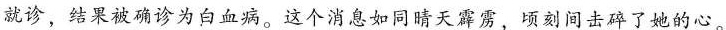
就诊，结果被确诊为白血病。这个消息如同晴天霹雳，顷刻间击碎了她的心。